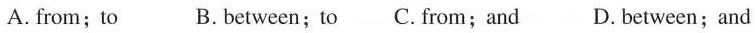
A. from;to B. between; to C.from; and D. between;and